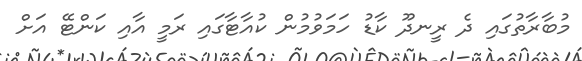
މުބާރާތުގައި ދެ ރީނދޫ ކާޑު ހަމަވުމުން ކުއާޓާގައި ރަމީ އާއި ކަންޓޭ އަށް